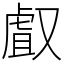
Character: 𠭯